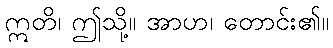
ဣတိ၊ ဤသို့။ အာဟ၊ တောင်း၏။